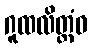
ဂူထလိတ္တံဝ